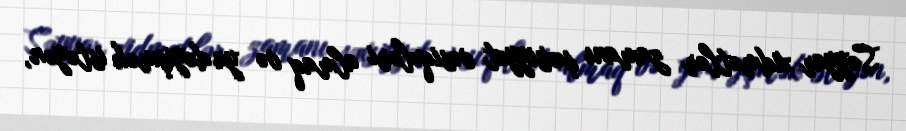
Səyyar xidmətlər zamanı şəxsiyyət vəsiqələri almaq və ya dəyişmək istəyən,